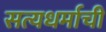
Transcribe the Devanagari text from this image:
सत्यधर्माची